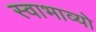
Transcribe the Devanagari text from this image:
स्वाभाव्यो